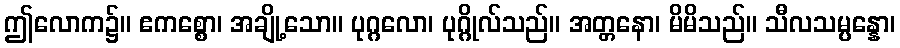
ဤလောက၌။ ဧကစ္စော၊ အချို့သော။ ပုဂ္ဂလော၊ ပုဂ္ဂိုလ်သည်။ အတ္တနော၊ မိမိသည်။ သီလသမ္ပန္နော၊